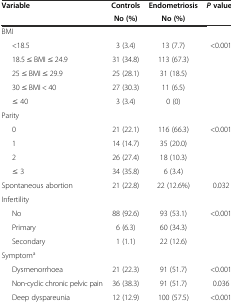
| <ROWSPAN=2> Variable | Controls | Endometriosis | <ROWSPAN=2> Pvalueb |
 | No (%) | No (%) |
 | --- | --- | --- | --- |
 | BMI |  |  |  |
 | <18.5 | 3 (3.4) | 13 (7.7) | <ROWSPAN=4> <0.001 |
 | 18.5 ≤ BMI ≤ 24.9 | 31 (34.8) | 113 (67.3) |
 | 25 ≤ BMI ≤ 29.9 | 25 (28.1) | 31 (18.5) |
 | 30 ≤ BMI < 40 | 27 (30.3) | 11 (6.5) |
 | ≤ 40 | 3 (3.4) | 0 (0) |  |
 | Parity | <COLSPAN=2>  |  |
 | 0 | 21 (22.1) | 116 (66.3) | <ROWSPAN=4> <0.001 |
 | 1 | 14 (14.7) | 35 (20.0) |
 | 2 | 26 (27.4) | 18 (10.3) |
 | ≤ 3 | 34 (35.8) | 6 (3.4) |
 | Spontaneous abortion | 21 (22.8) | 22 (12.6%) | 0.032 |
 | Infertility |  |  |  |
 | No | 88 (92.6) | 93 (53.1) | <ROWSPAN=3> <0.001 |
 | Primary | 6 (6.3) | 60 (34.3) |
 | Secondary | 1 (1.1) | 22 (12.6) |
 | Symptoma | <COLSPAN=2>  |  |
 | Dysmenorrhoea | 21 (22.3) | 91 (51.7) | <0.001 |
 | Non-cyclic chronic pelvic pain | 36 (38.3) | 91 (51.7) | 0.036 |
 | Deep dyspareunia | 12 (12.9) | 100 (57.5) | <0.001 |